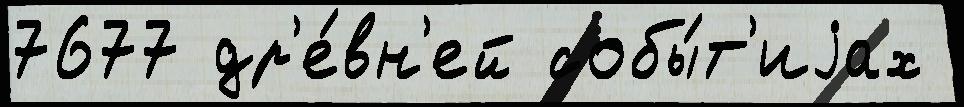
7677 др'е́вн'ей собы́т'иjах